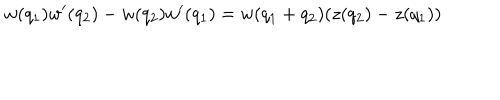
LaTeX: w ( q _ { 1 } ) w ^ { \prime } ( q _ { 2 } ) - w ( q _ { 2 } ) w ^ { \prime } ( q _ { 1 } ) = w ( q _ { 1 } + q _ { 2 } ) ( z ( q _ { 2 } ) - z ( q _ { 1 } ) )